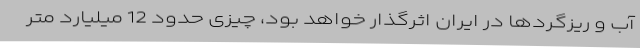
آب و ریزگردها در ایران اثرگذار خواهد بود، چیزی حدود 12 میلیارد متر